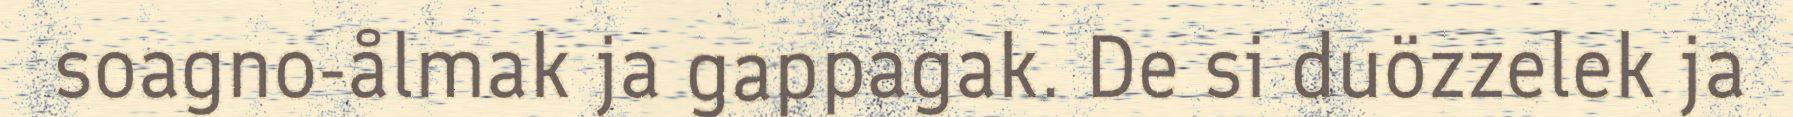
soagno-ålmak ja gappagak. De si duözzelek ja